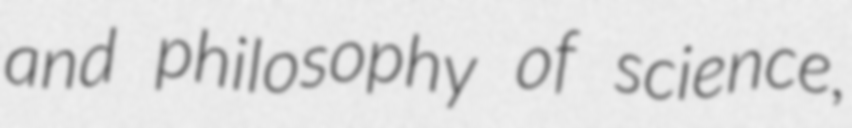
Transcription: and philosophy of science,